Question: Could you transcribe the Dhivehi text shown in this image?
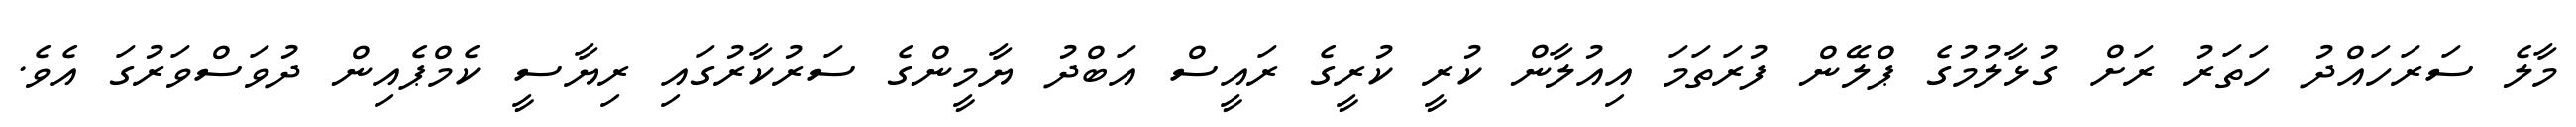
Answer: މާލެ ސަރަހައްދު ހަތަރު ރަށް ގުޅާލުމުގެ ޕްލޭން ފުރަތަމަ އިއުލާން ކުރީ ކުރީގެ ރައީސް އަބްދު ޔާމީންގެ ސަރުކާރުގައި ރިޔާސީ ކެމްޕެއިން ދުވަސްވަރުގަ އެވެ.